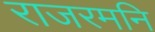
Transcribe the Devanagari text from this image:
राजरमनि